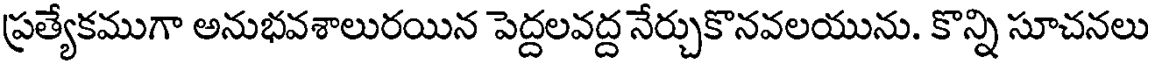
ప్రత్యేకముగా అనుభవశాలురయిన పెద్దలవద్ద నేర్చుకొనవలయును. కొన్ని సూచనలు